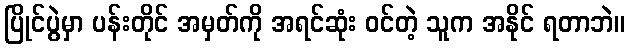
ပြိုင်ပွဲမှာ ပန်းတိုင် အမှတ်ကို အရင်ဆုံး ဝင်တဲ့ သူက အနိုင် ရတာဘဲ။